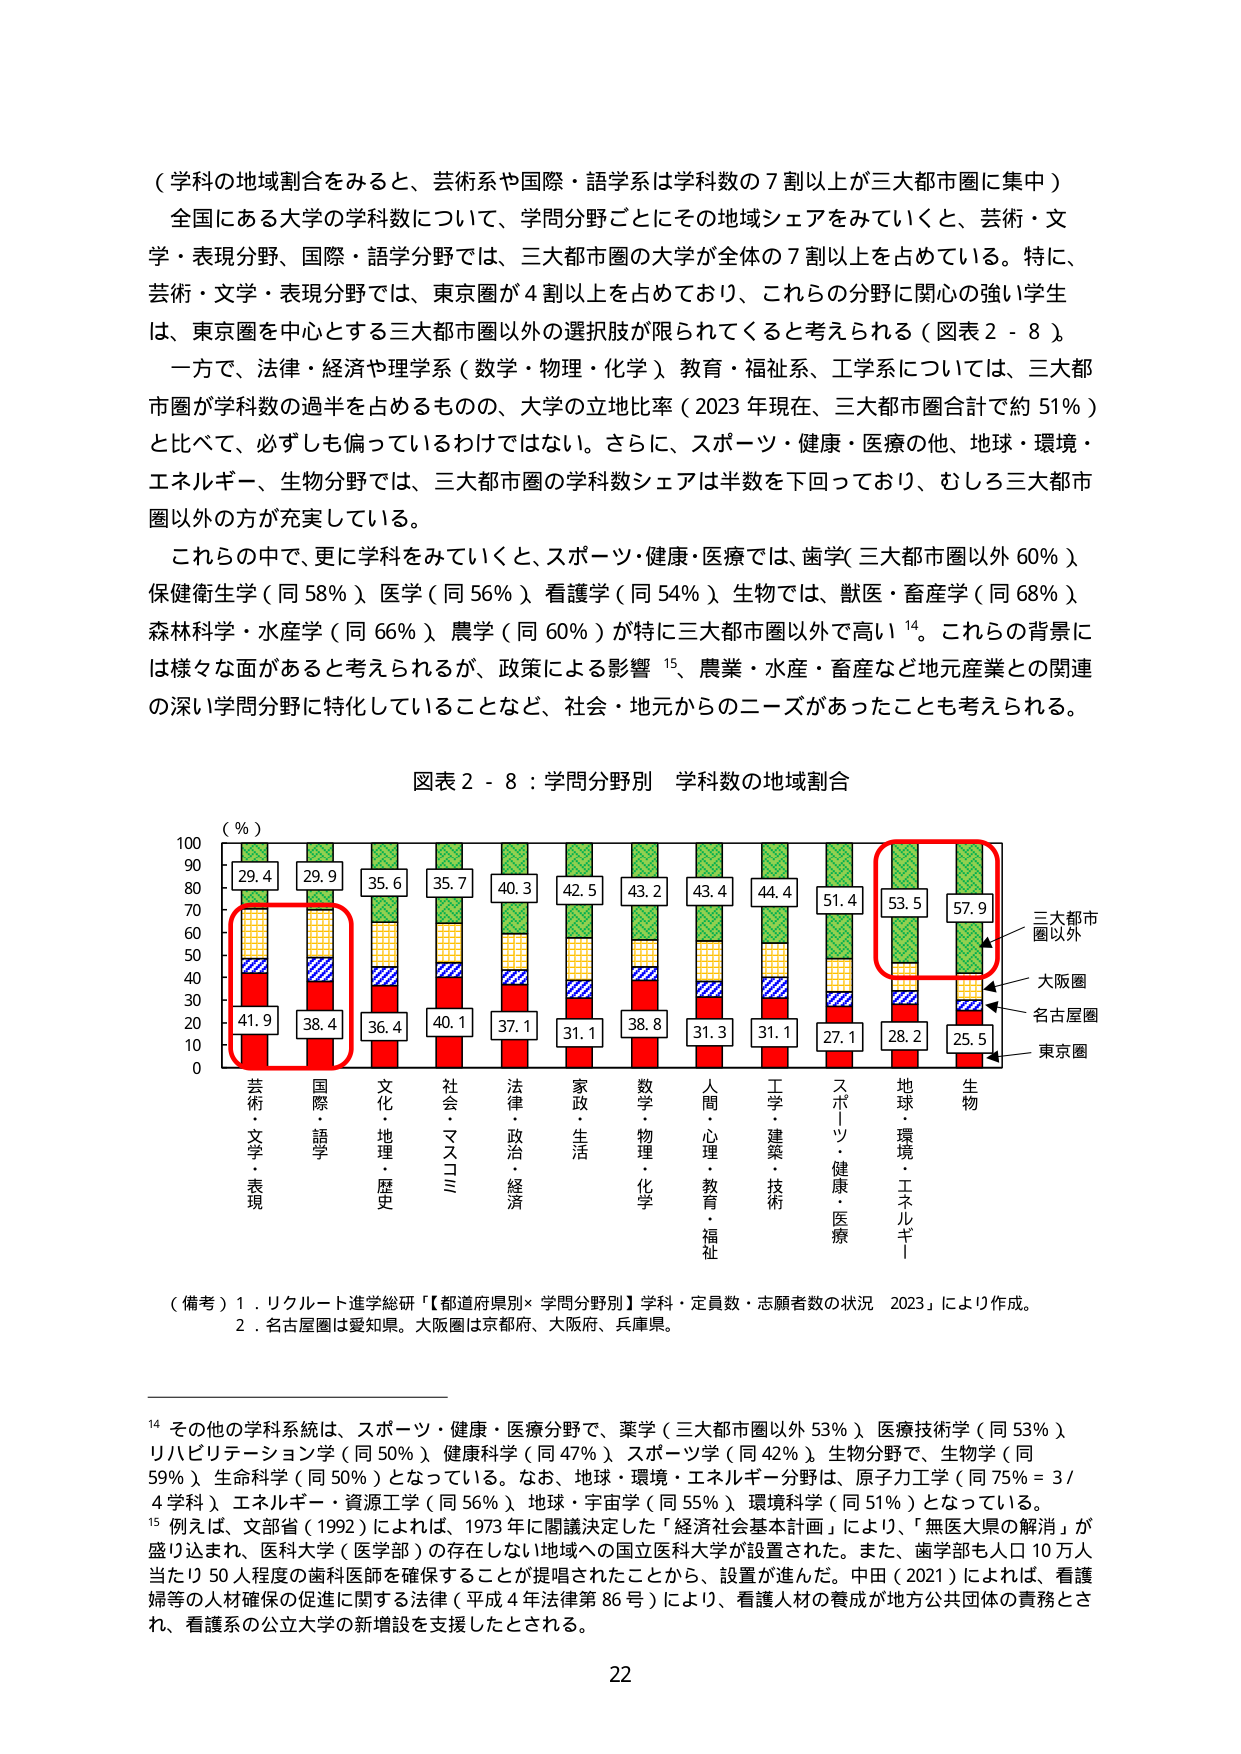
（学科の地域割合をみると、芸術系や国際・語学系は学科数の７割以上が三大都市圏に集中）

全国にある大学の学科数について、学問分野ごとにその地域シェアをみていくと、芸術・文学・表現分野、国際・語学分野では、三大都市圏の大学が全体の７割以上を占めている。特に、芸術・文学・表現分野では、東京圏が４割以上を占めており、これらの分野に関心の強い学生は、東京圏を中心とする三大都市圏以外の選択肢が限られてくると考えられる（図表２－８）。

一方で、法律・経済や理学系（数学・物理・化学）、教育・福祉系、工学系については、三大都市圏が学科数の過半を占めるものの、大学の立地比率（2023年現在、三大都市圏合計で約51％）と比べて、必ずしも偏っているわけではない。さらに、スポーツ・健康・医療の他、地球・環境・エネルギー、生物分野では、三大都市圏の学科数シェアは半数を下回っており、むしろ三大都市圏以外の方が充実している。

これらの中で、更に学科をみていくと、スポーツ・健康・医療では、歯学（三大都市圏以外60％）、保健衛生学（同58％）、医学（同56％）、看護学（同54％）、生物では、獣医・畜産学（同68％）、森林科学・水産学（同66％）、農学（同60％）が特に三大都市圏以外で高い¹⁴。これらの背景には様々な面があると考えられるが、政策による影響¹⁵、農業・水産・畜産など地元産業との関連の深い学問分野に特化していることなど、社会・地元からのニーズがあったことも考えられる。

図表２－８：学問分野別 学科数の地域割合

（％）
100
90
80
70
60
50
40
30
20
10
0

[縦軸の数値：100, 90, 80, 70, 60, 50, 40, 30, 20, 10, 0]

[棒グラフの各分野と数値（上から順に）]

芸術・文学・表現
[赤：41.9] [青：] [黄：] [緑：29.4]

国際・語学
[赤：38.4] [青：] [黄：] [緑：29.9]

文化・地理・歴史
[赤：36.4] [青：] [黄：] [緑：35.6]

社会・マスコミ
[赤：40.1] [青：] [黄：] [緑：35.7]

法律・政治・経済
[赤：37.1] [青：] [黄：] [緑：40.3]

家政・生活
[赤：31.1] [青：] [黄：] [緑：42.5]

数学・物理・化学
[赤：38.8] [青：] [黄：] [緑：43.2]

人間・心理・教育・福祉
[赤：31.3] [青：] [黄：] [緑：43.4]

工学・建築・技術
[赤：31.1] [青：] [黄：] [緑：44.4]

スポーツ・健康・医療
[赤：27.1] [青：] [黄：] [緑：51.4]

地球・環境・エネルギー
[赤：28.2] [青：] [黄：] [緑：53.5]

生物
[赤：25.5] [青：] [黄：] [緑：57.9]

[右側の凡例]
三大都市圏以外
大阪圏
名古屋圏
東京圏

（備考）１．リクルート進学総研「【都道府県別×学問分野別】学科・定員数・志願者数の状況 2023」により作成。
２．名古屋圏は愛知県。大阪圏は京都府、大阪府、兵庫県。

¹⁴ その他の学科系統は、スポーツ・健康・医療分野で、薬学（三大都市圏以外53％）、医療技術学（同53％）、リハビリテーション学（同50％）、健康科学（同47％）、スポーツ学（同42％）、生物分野で、生物学（同59％）、生命科学（同50％）となっている。なお、地球・環境・エネルギー分野は、原子力工学（同75％＝3/4学科）、エネルギー・資源工学（同56％）、地球・宇宙学（同55％）、環境科学（同51％）となっている。

¹⁵ 例えば、文部省（1992）によれば、1973年に閣議決定した「経済社会基本計画」により、「無医大県の解消」が盛り込まれ、医科大学（医学部）の存在しない地域への国立医科大学が設置された。また、歯学部も人口10万人当たり50人程度の歯科医師を確保することが提唱されたことから、設置が進んだ。中田（2021）によれば、看護婦等の人材確保の促進に関する法律（平成4年法律第86号）により、看護人材の養成が地方公共団体の責務とされ、看護系の公立大学の新増設を支援したとされる。

22